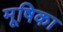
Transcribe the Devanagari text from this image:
मूषिका